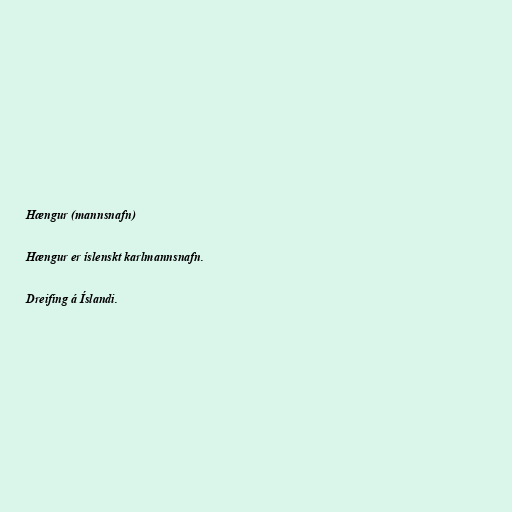
Hængur (mannsnafn)

Hængur er íslenskt karlmannsnafn.

Dreifing á Íslandi.